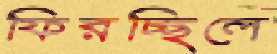
ফিরচ্ছিলে